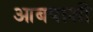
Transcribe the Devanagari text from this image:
आबपाशी